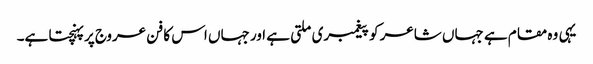
یہی وہ مقام ہے جہاں شاعر کو پیغمبری ملتی ہے اور جہاں اس کا فن عروج پر پہنچتا ہے۔